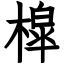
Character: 槹